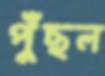
পুঁছল